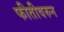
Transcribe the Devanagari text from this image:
फीतीवरुन